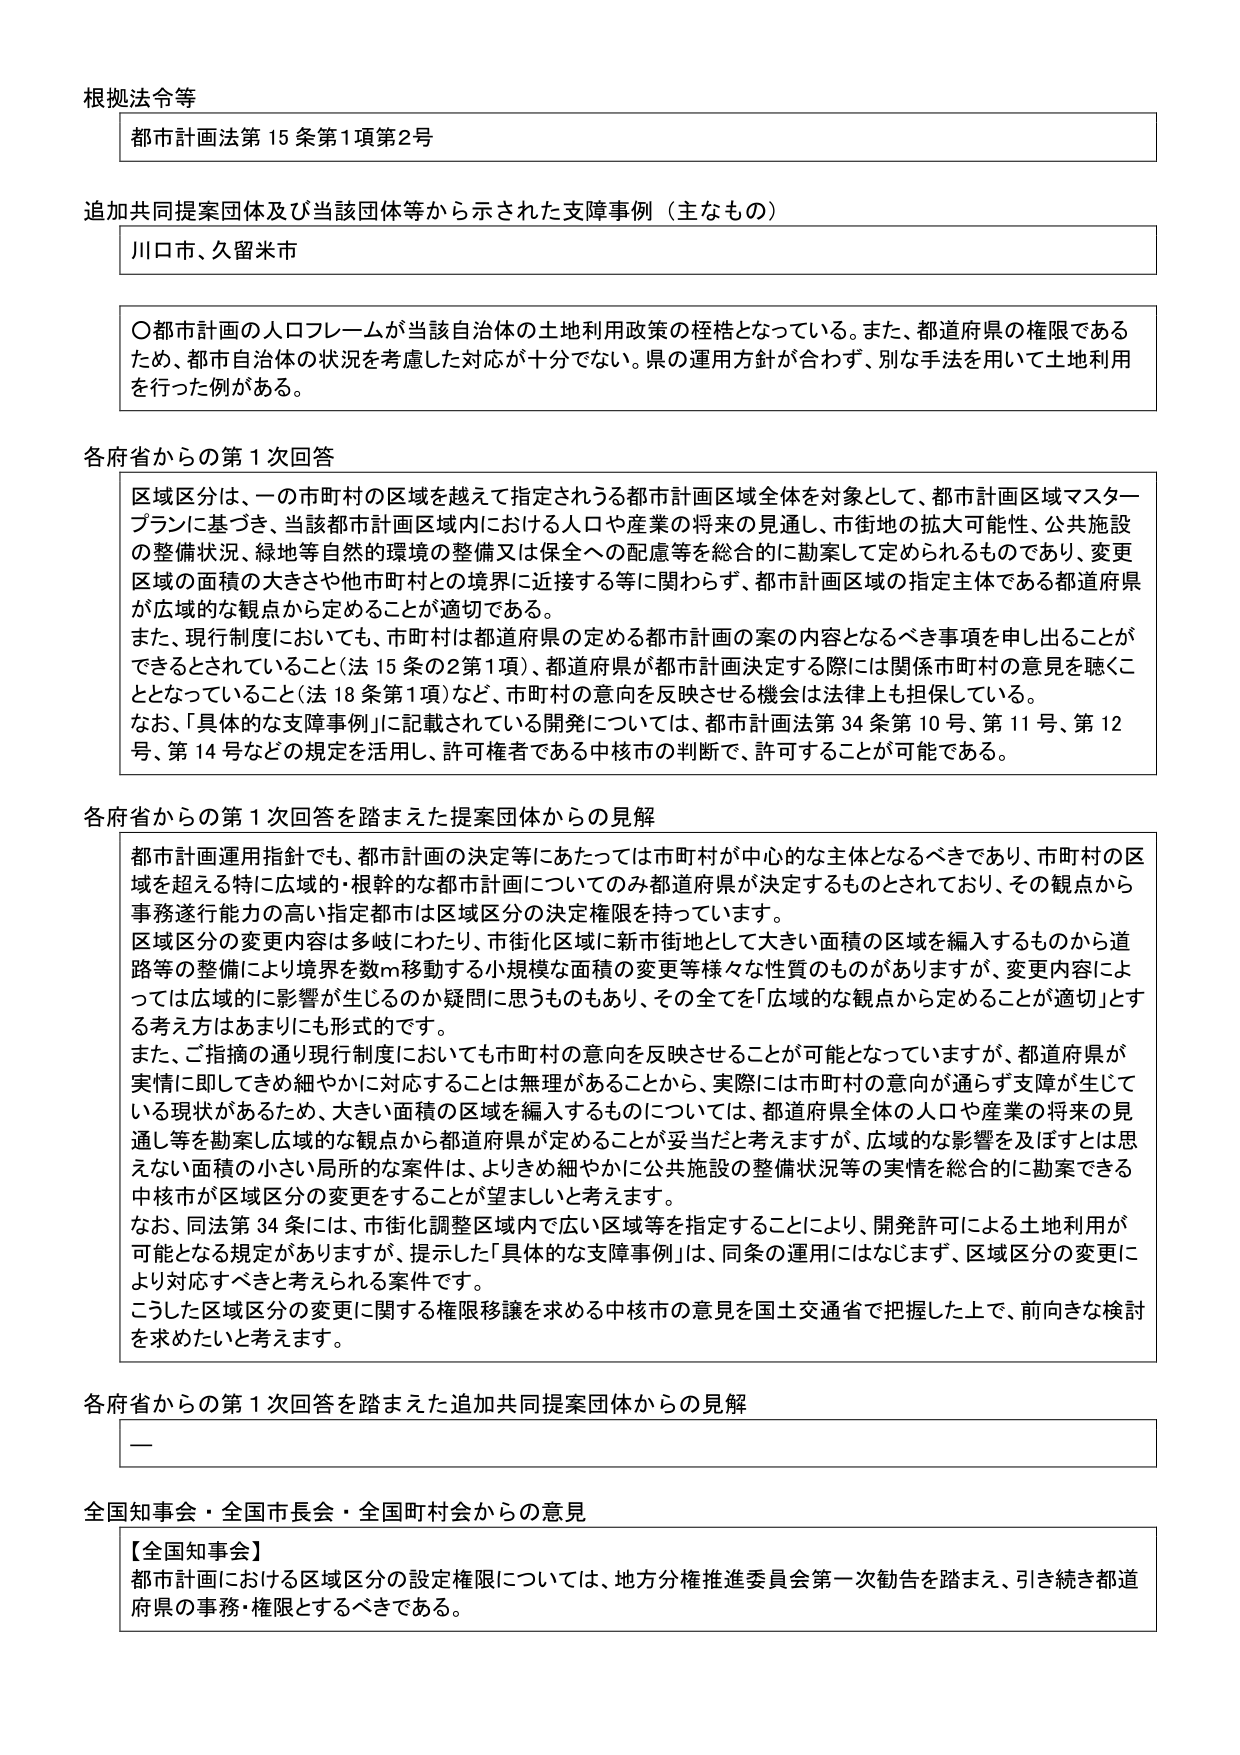
根拠法令等
都市計画法第15条第1項第2号

追加共同提案団体及び当該団体等から示された支障事例（主なもの）
川口市、久留米市

〇都市計画の人口フレームが当該自治体の土地利用政策の枠格となっている。また、都道府県の権限であるため、都市自治体の状況を考慮した対応が十分でない。県の運用方針が合わず、別な手法を用いて土地利用を行った例がある。

各府省からの第1次回答
区域区分は、一の市町村の区域を越えて指定されうる都市計画区域全体を対象として、都市計画区域マスタープランに基づき、当該都市計画区域内における人口や産業の将来の見通し、市街地の拡大可能性、公共施設の整備状況、緑地等自然的環境の整備又は保全への配慮等を総合的に勘案して定められるものであり、変更区域の面積の大きさや他市町村との境界に近接する等に関わらず、都市計画区域の指定主体である都道府県が広域的な観点から定めることが適切である。
また、現行制度においても、市町村は都道府県の定める都市計画の案の内容となるべき事項を申し出ることができるとしていること（法15条の2第1項）、都道府県が都市計画決定する際には関係市町村の意見を聴くこととなっていること（法18条第1項）など、市町村の意向を反映させる機会は法律上も担保している。
なお、「具体的な支障事例」に記載されている開発については、都市計画法第34条第10号、第11号、第12号、第14号などの規定を活用し、許可権者である中核市の判断で、許可することが可能である。

各府省からの第1次回答を踏まえた提案団体からの見解
都市計画運用指針でも、都市計画の決定等にあたっては市町村が中心的な主体となるべきであり、市町村の区域を超える特に広域的・根幹的な都市計画についてのみ都道府県が決定するものとされており、その観点から事務遂行能力の高い指定都市は区域区分の決定権限を持っています。
区域区分の変更内容は多岐にわたり、市街化区域に新市街地として大きい面積の区域を編入するものから道路等の整備により境界を数m移動する小規模な面積の変更等様々な性質のものがありますが、変更内容によっては広域的に影響が生じるのか疑問に思うものもあり、その全てを「広域的な観点から定めることが適切」とする考え方はあまりにも形式的です。
また、ご指摘の通り現行制度においても市町村の意向を反映させることが可能となっていますが、都道府県が実情に即してきめ細やかに対応することは無理があることから、実際には市町村の意向が通らず支障が生じている現状があるため、大きい面積の区域を編入するものについては、都道府県全体の人口や産業の将来の見通し等を勘案し広域的な観点から都道府県が定めることが妥当だと考えますが、広域的な影響を及ぼすとは思えない面積の小さい局所的な案件は、よりきめ細やかに公共施設の整備状況等の実情を総合的に勘案できる中核市が区域区分の変更をすることが望ましいと考えます。
なお、同法第34条には、市街化調整区域内で広い区域等を指定することにより、開発許可による土地利用が可能となる規定がありますが、提示した「具体的な支障事例」は、同条の運用にはなじまず、区域区分の変更により対応すべきと考えられる案件です。
こうした区域区分の変更に関する権限移譲を求める中核市の意見を国土交通省で把握した上で、前向きな検討を求めたいと考えます。

各府省からの第1次回答を踏まえた追加共同提案団体からの見解
ー

全国知事会・全国市長会・全国町村会からの意見
【全国知事会】
都市計画における区域区分の設定権限については、地方分権推進委員会第一次勧告を踏まえ、引き続き都道府県の事務・権限とするべきである。